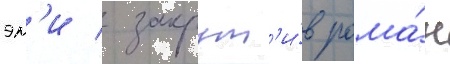
эм'и / закрут'и́в рома́н